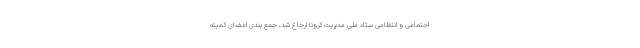
اجتماعی و انتظامی ستاد ملی مدیریت کرونا ارجاع شد، جمع بندی اعضای کمیته